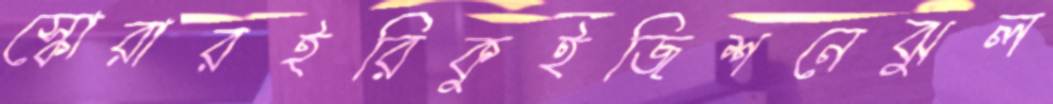
স্কোরারইরিকুইজিশনেঝুল